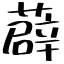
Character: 薜